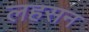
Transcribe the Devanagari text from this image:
लहसन